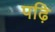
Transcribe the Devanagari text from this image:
पढ़ि